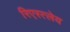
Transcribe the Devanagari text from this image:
रिएस्त्लेय